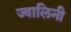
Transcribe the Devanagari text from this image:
ज्वालिनी